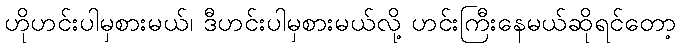
ဟိုဟင်းပါမှစားမယ်၊ ဒီဟင်းပါမှစားမယ်လို့ ဟင်းကြီးနေမယ်ဆိုရင်တော့